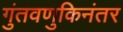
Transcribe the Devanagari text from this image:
गुंतवणुकिनंतर